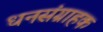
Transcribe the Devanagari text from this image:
धनसंग्राहक